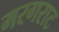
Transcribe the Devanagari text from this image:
मरगराट